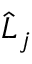
\ensuremath { \hat { L } } _ { j }